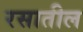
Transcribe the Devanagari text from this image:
रसातील